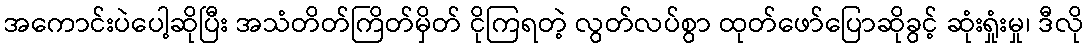
အကောင်းပဲပေါ့ဆိုပြီး အသံတိတ်ကြိတ်မှိတ် ငိုကြရတဲ့ လွတ်လပ်စွာ ထုတ်ဖော်ပြောဆိုခွင့် ဆုံးရှုံးမှု၊ ဒီလို